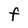
Character: F